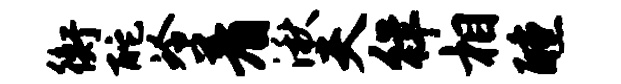
衡酡冷着湫夫徉相醺